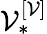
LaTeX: \mathcal{V}_{*}^{\left[\mathcal{V}\right]}